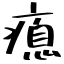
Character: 瘜